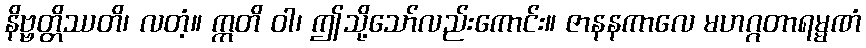
နိဗ္ဗတ္တိဿတိ၊ လတံ့။ ဣတိ ဝါ၊ ဤသို့သော်လည်းကောင်း။ ဇာနနကာလေ မဟဂ္ဂတာရမ္မဏံ